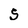
Character: S